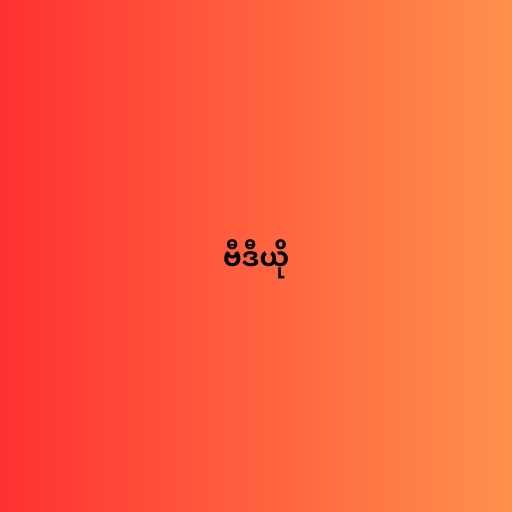
ဗီဒီယို